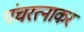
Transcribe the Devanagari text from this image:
पंचरत्नाकर